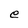
Character: e